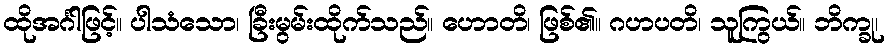
ထိုအင်္ဂါဖြင့်။ ပါသံသော၊ ခြီးမွမ်းထိုက်သည်။ ဟောတိ၊ ဖြစ်၏။ ဂဟပတိ၊ သူကြွယ်။ ဘိက္ခု၊